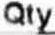
QTY